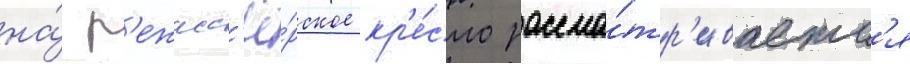
на́ р'ежисс'ё́рское кр'е́сло рассма́тр'иваетс'я